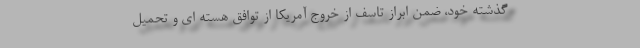
گذشته خود، ضمن ابراز تاسف از خروج آمریکا از توافق هسته ای و تحمیل